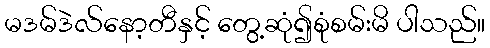
မဒမ်ဒဲလ်နော့တီနှင့် တွေ့ဆုံ၍စုံစမ်းမိ ပါသည်။